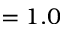
= 1 . 0